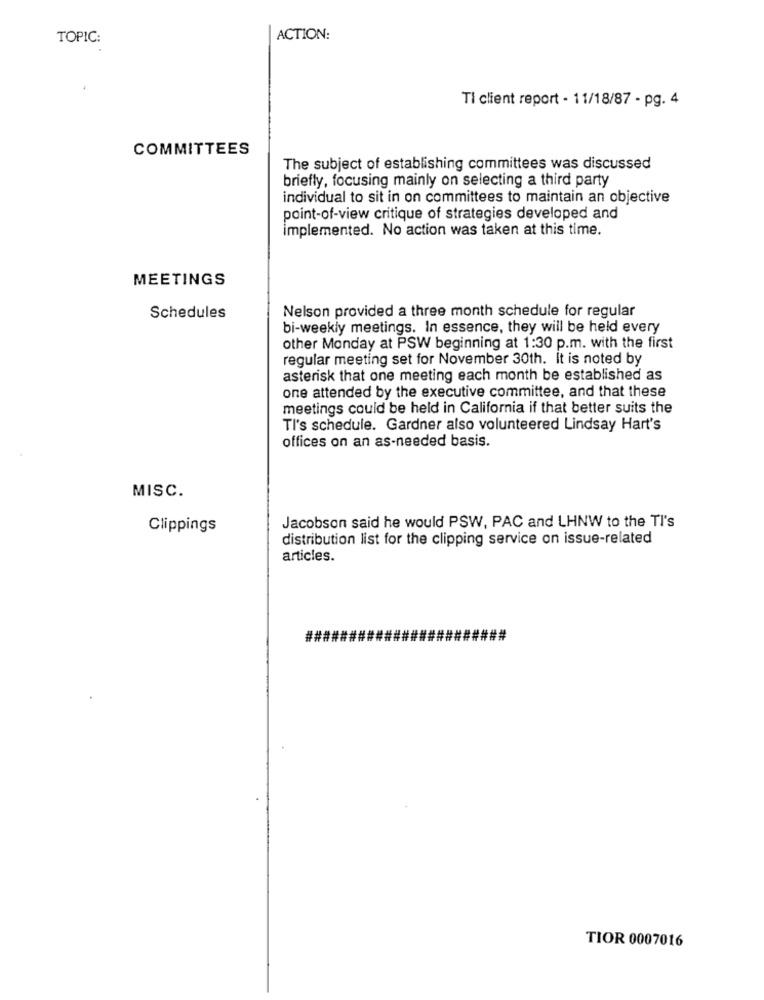
TOPIC:
ACTION:
Ti client report - 11/18/87 - pg. 4
COMMITTEES
The subject of establishing committees was discussed
briefly, focusing mainly on selecting a third party
individual to sit in on committees to maintain an objective
point-of-view critique of strategies developed and
implemented. No action was taken at this time.
MEETINGS
Nelson provided a three month schedule for regular
Schedules
bi-weekly meetings. In essence, they will be held every
other Monday at PSW beginning at 1:30 p.m. with the first
regular meeting set for November 30th. It is noted by
asterisk that one meeting each month be established as
one attended by the executive committee, and that these
meetings could be held in California if that better suits the
TI's schedule. Gardner also volunteered Lindsay Hart's
offices on an as-needed basis.
MISC.
Clippings
Jacobson said he would PSW, PAC and LHNW to the Tl's
distribution list for the clipping service on issue-related
articles.
##
TIOR 0007016